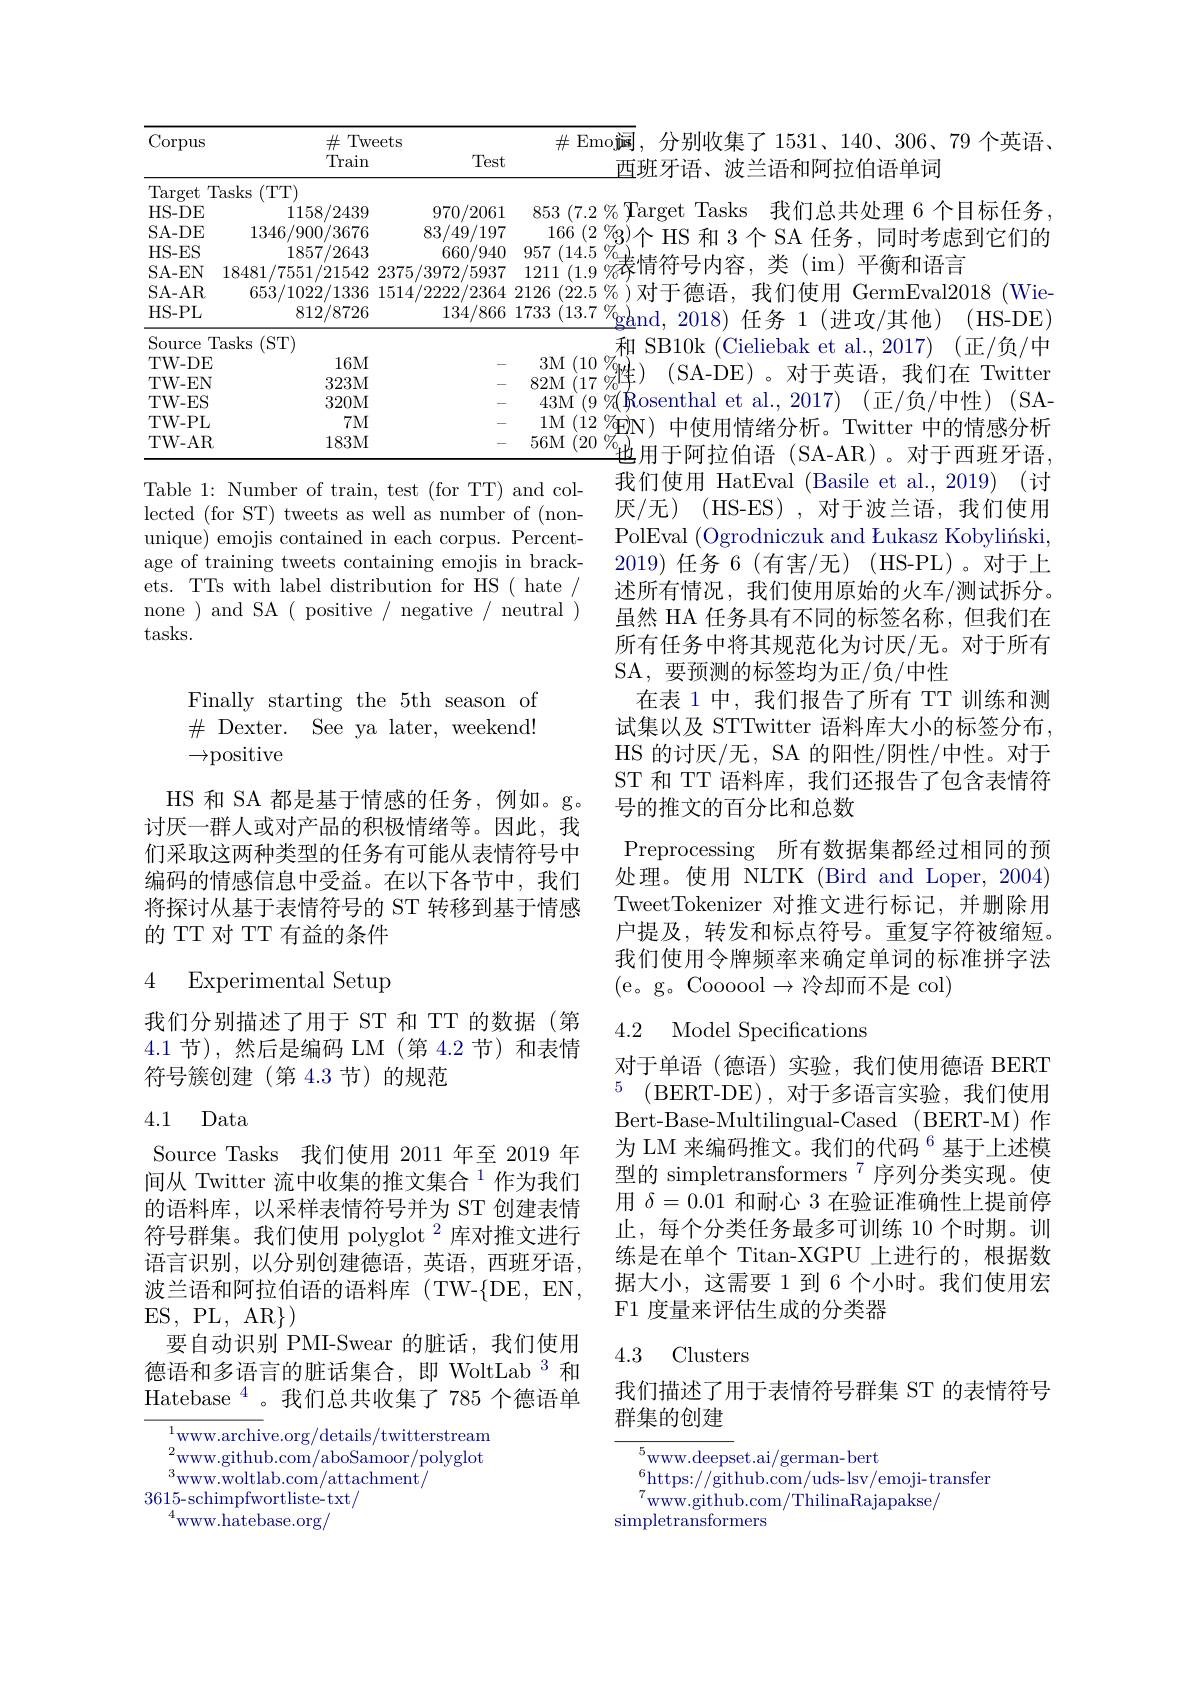
$\overline{\#\mathrm{~Emoj}}$,分别收集了 1531、140、306、79 个英语、 $853(7.2\%$Target Tasks 我们总共处理 6 个目标任务。
166 (2 \%)个 HS 和 3 个 SA 任务，同时考虑到它们的
<table>
	<tbody>
		<tr>
			<th>Corpus</th>
			<th>$\#$Tw Train</th>
			<th>eets Test</th>
			<th>$ts$ Test</th>
			<th>Test</th>
			<th>$\#$Emo诚</th>
		</tr>
		<tr>
			<td>Target</td>
			<td>$[asks$ (TTT)</td>
			<td> </td>
			<td> </td>
			<td> </td>
			<td> </td>
		</tr>
		<tr>
			<td>HS- DE</td>
			<td>1158/2439</td>
			<td>970/2061 1</td>
			<td>970/2061</td>
			<td>970/2061</td>
			<td>853 (7.2 $\%$</td>
		</tr>
		<tr>
			<td>SA- DE</td>
			<td>1346/900/3676</td>
			<td>83/49/197</td>
			<td>83/49/197</td>
			<td>83/49/197</td>
			<td>166 (2 $\%$</td>
		</tr>
		<tr>
			<td>HS- ES</td>
			<td>1857/2643</td>
			<td>660/940</td>
			<td>660/940</td>
			<td>660/940</td>
			<td>957 (14.5</td>
		</tr>
		<tr>
			<td>SA- EN</td>
			<td>18481/7551/21542</td>
			<td>2375/3972/5937</td>
			<td>375/3972/5937</td>
			<td>75/3972/5937</td>
			<td>1211 (1.9</td>
		</tr>
		<tr>
			<td>SA- AR</td>
			<td>653/1022/1336</td>
			<td>1514/2222 /2364</td>
			<td>514/2222/2364</td>
			<td>4/ /22222/ /2364</td>
			<td>2126 (22.5 $5\%$</td>
		</tr>
		<tr>
			<td>HS- PL</td>
			<td>812/8726</td>
			<td>134/866</td>
			<td>134/866</td>
			<td>134/866</td>
			<td>1733 (13.7 $\%$</td>
		</tr>
		<tr>
			<td>Source</td>
			<td>(ST) [ asks</td>
			<td> </td>
			<td> </td>
			<td> </td>
			<td>利</td>
		</tr>
		<tr>
			<td>TW- DE</td>
			<td>16M</td>
			<td> </td>
			<td> </td>
			<td> </td>
			<td>$3M$ (10</td>
		</tr>
		<tr>
			<td>TW- EN</td>
			<td>323M</td>
			<td> </td>
			<td> </td>
			<td> </td>
			<td>82M (17</td>
		</tr>
		<tr>
			<td>TW- ES</td>
			<td>320M</td>
			<td> </td>
			<td> </td>
			<td> </td>
			<td>43M U 1</td>
		</tr>
		<tr>
			<td>TW- PL</td>
			<td>$7M$</td>
			<td> </td>
			<td> </td>
			<td> </td>
			<td>$1M$ (12 $\%$</td>
		</tr>
		<tr>
			<td>TW- AR</td>
			<td>183M</td>
			<td> </td>
			<td> </td>
			<td> </td>
			<td>56M 20</td>
		</tr>
	</tbody>
</table>
43M$(9\%($Rosenthal et al.,2017)(正/负/中性)(SA- $\begin{array}{c}1\mathrm{M~(12~\%\mathrm{EN})~}&\text{中使用情绪分析。Twitter 中的情感分析}\\56\mathrm{M~(20~\%)}&=-\frac{\pi^{2}}{47}\end{array}$

Table 1: Number of train, test (for TT) and collected (for ST) tweets as well as number of (nonunique) emojis contained in each corpus. Percentage of training tweets containing emojis in brackets. TTs with label distribution for HS( hate/ none )and SA( positive/ negative/ neutral ) tasks.

Finally starting the 5th season of $\#$ Dexter. See ya later, weekend! $\to$positive

HS 和 SA 都是基于情感的任务，例如。g。讨厌一群人或对产品的积极情绪等。因此，我们采取这两种类型的任务有可能从表情符号中编码的情感信息中受益。在以下各节中，我们将探讨从基于表情符号的 ST 转移到基于情感的 TT 对 TT 有益的条件

### 4 Experimental Setup

我们分别描述了用于 ST 和 TT 的数据(第4.1节),然后是编码 LM(第 4.2 节)和表情符号簇创建(第4.3节)的规范

### 4.1 Data

Source Tasks 我们使用 2011 年至 2019 年间从 Twitter 流中收集的推文集合$^{1}$作为我们的语料库，以采样表情符号并为 ST 创建表情符号群集。我们使用 polyglot $^{2}$库对推文进行语言识别，以分别创建德语，英语，西班牙语， 波兰语和阿拉伯语的语料库(TW-$\{DE,EN$, ES,PL,AR$\})$
要自动识别 PMI-Swear 的脏话，我们使用德语和多语言的脏话集合，即 WoltLab 3 和Hatebase $^{4}$。我们总共收集了 785 个德语单

## 4.3 Clusters

$^{1}$www.archive.org/details/twitterstream

$^{2}$www.github.com/aboSamoor/polyglot

$^{3}$www.woltlab.com/attachment/

3615-schimpfwortliste-txt/

$^{4}$www.hatebase.org/

西班牙语、波兰语和阿拉伯语单词
gand. 2018任务 1(讲攻/其他)(HS-DE) 和 SB10k (Cieliebak et al.,2017) (正/负/中
${\mathrm{(SA-DE)。对于英语，我们在~Twitter}}$ 我们使用 HatEval (Basile et al.,2019) (讨厌/无)(HS-ES),对于波兰语，我们使用PolEval (Ogrodniczuk and Łukasz Kobyliński, 2019)任务 6(有害/无)(HS-PL)。对于上述所有情况，我们使用原始的火车/测试拆分。虽然 HA 任务具有不同的标签名称，但我们在所有任务中将其规范化为讨厌/无。对于所有SA, 要预测的标签均为正/负/中性
在表 1 中，我们报告了所有 TT 训练和测试集以及 STTwitter 语料库大小的标签分布， HS 的讨厌/无，SA 的阳性/阴性/中性。对于ST 和 TT 语料库，我们还报告了包含表情符号的推文的百分比和总数
Preprocessing 所有数据集都经过相同的预处理。使用 NLTK (Bird and Loper, 2004) TweetTokenizer 对推文进行标记，并删除用户提及，转发和标点符号。重复字符被缩短。我们使用令牌频率来确定单词的标准拼字法(e。g。Coooool$\to$冷却而不是 col)
4.2 Model Specifications

对于单语(德语)实验，我们使用德语 BERT $^{5}$ (BERT-DE),对于多语言实验，我们使用Bert-Base-Multilingual-Cased (BERT-M) 作为 LM 来编码推文。我们的代码 $^{6}$基于上述模型的 simpletransformers$^{7}$序列分类实现。使用$\delta=0.01$和耐心 3 在验证准确性上提前停止，每个分类任务最多可训练 10 个时期。训练是在单个 Titan-XGPU 上进行的，根据数据大小，这需要 1 到 6 个小时。我们使用宏F1 度量来评估生成的分类器

我们描述了用于表情符号群集 ST 的表情符号
群集的创建

${\frac{5}{\mathrm{www.deeps}}}$et.ai/german-bert${61+(1+1)^{2}}$
$_7^6$https://github.com/uds-lsv/emoji-transfer
$^{7}\underset{c}{\operatorname*{\text{www.github.com/ThilinaRajapakse/}}}$
simpletransformers